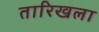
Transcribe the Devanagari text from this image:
तारिखला